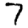
Digit: 7